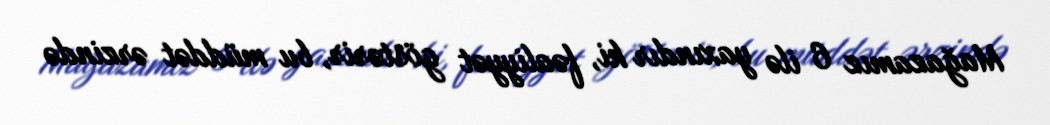
Mağazamız 6 ilə yaxındır ki, fəaliyyət göstərir, bu müddət ərzində